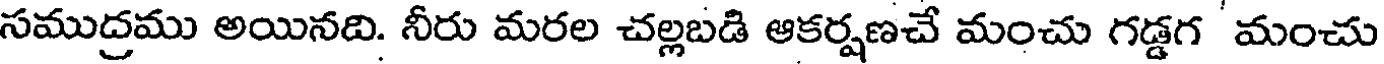
సముద్రము అయినది. నీరు మరల చల్లబడి ఆకర్షణచే మంచు గడ్డగ మంచు